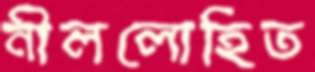
নীললোহিত